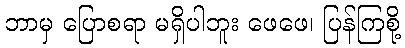
ဘာမှ ပြောစရာ မရှိပါဘူး ဖေဖေ၊ ပြန်ကြစို့